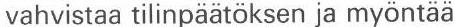
vahvistaa tilinpäätöksen ja myöntää